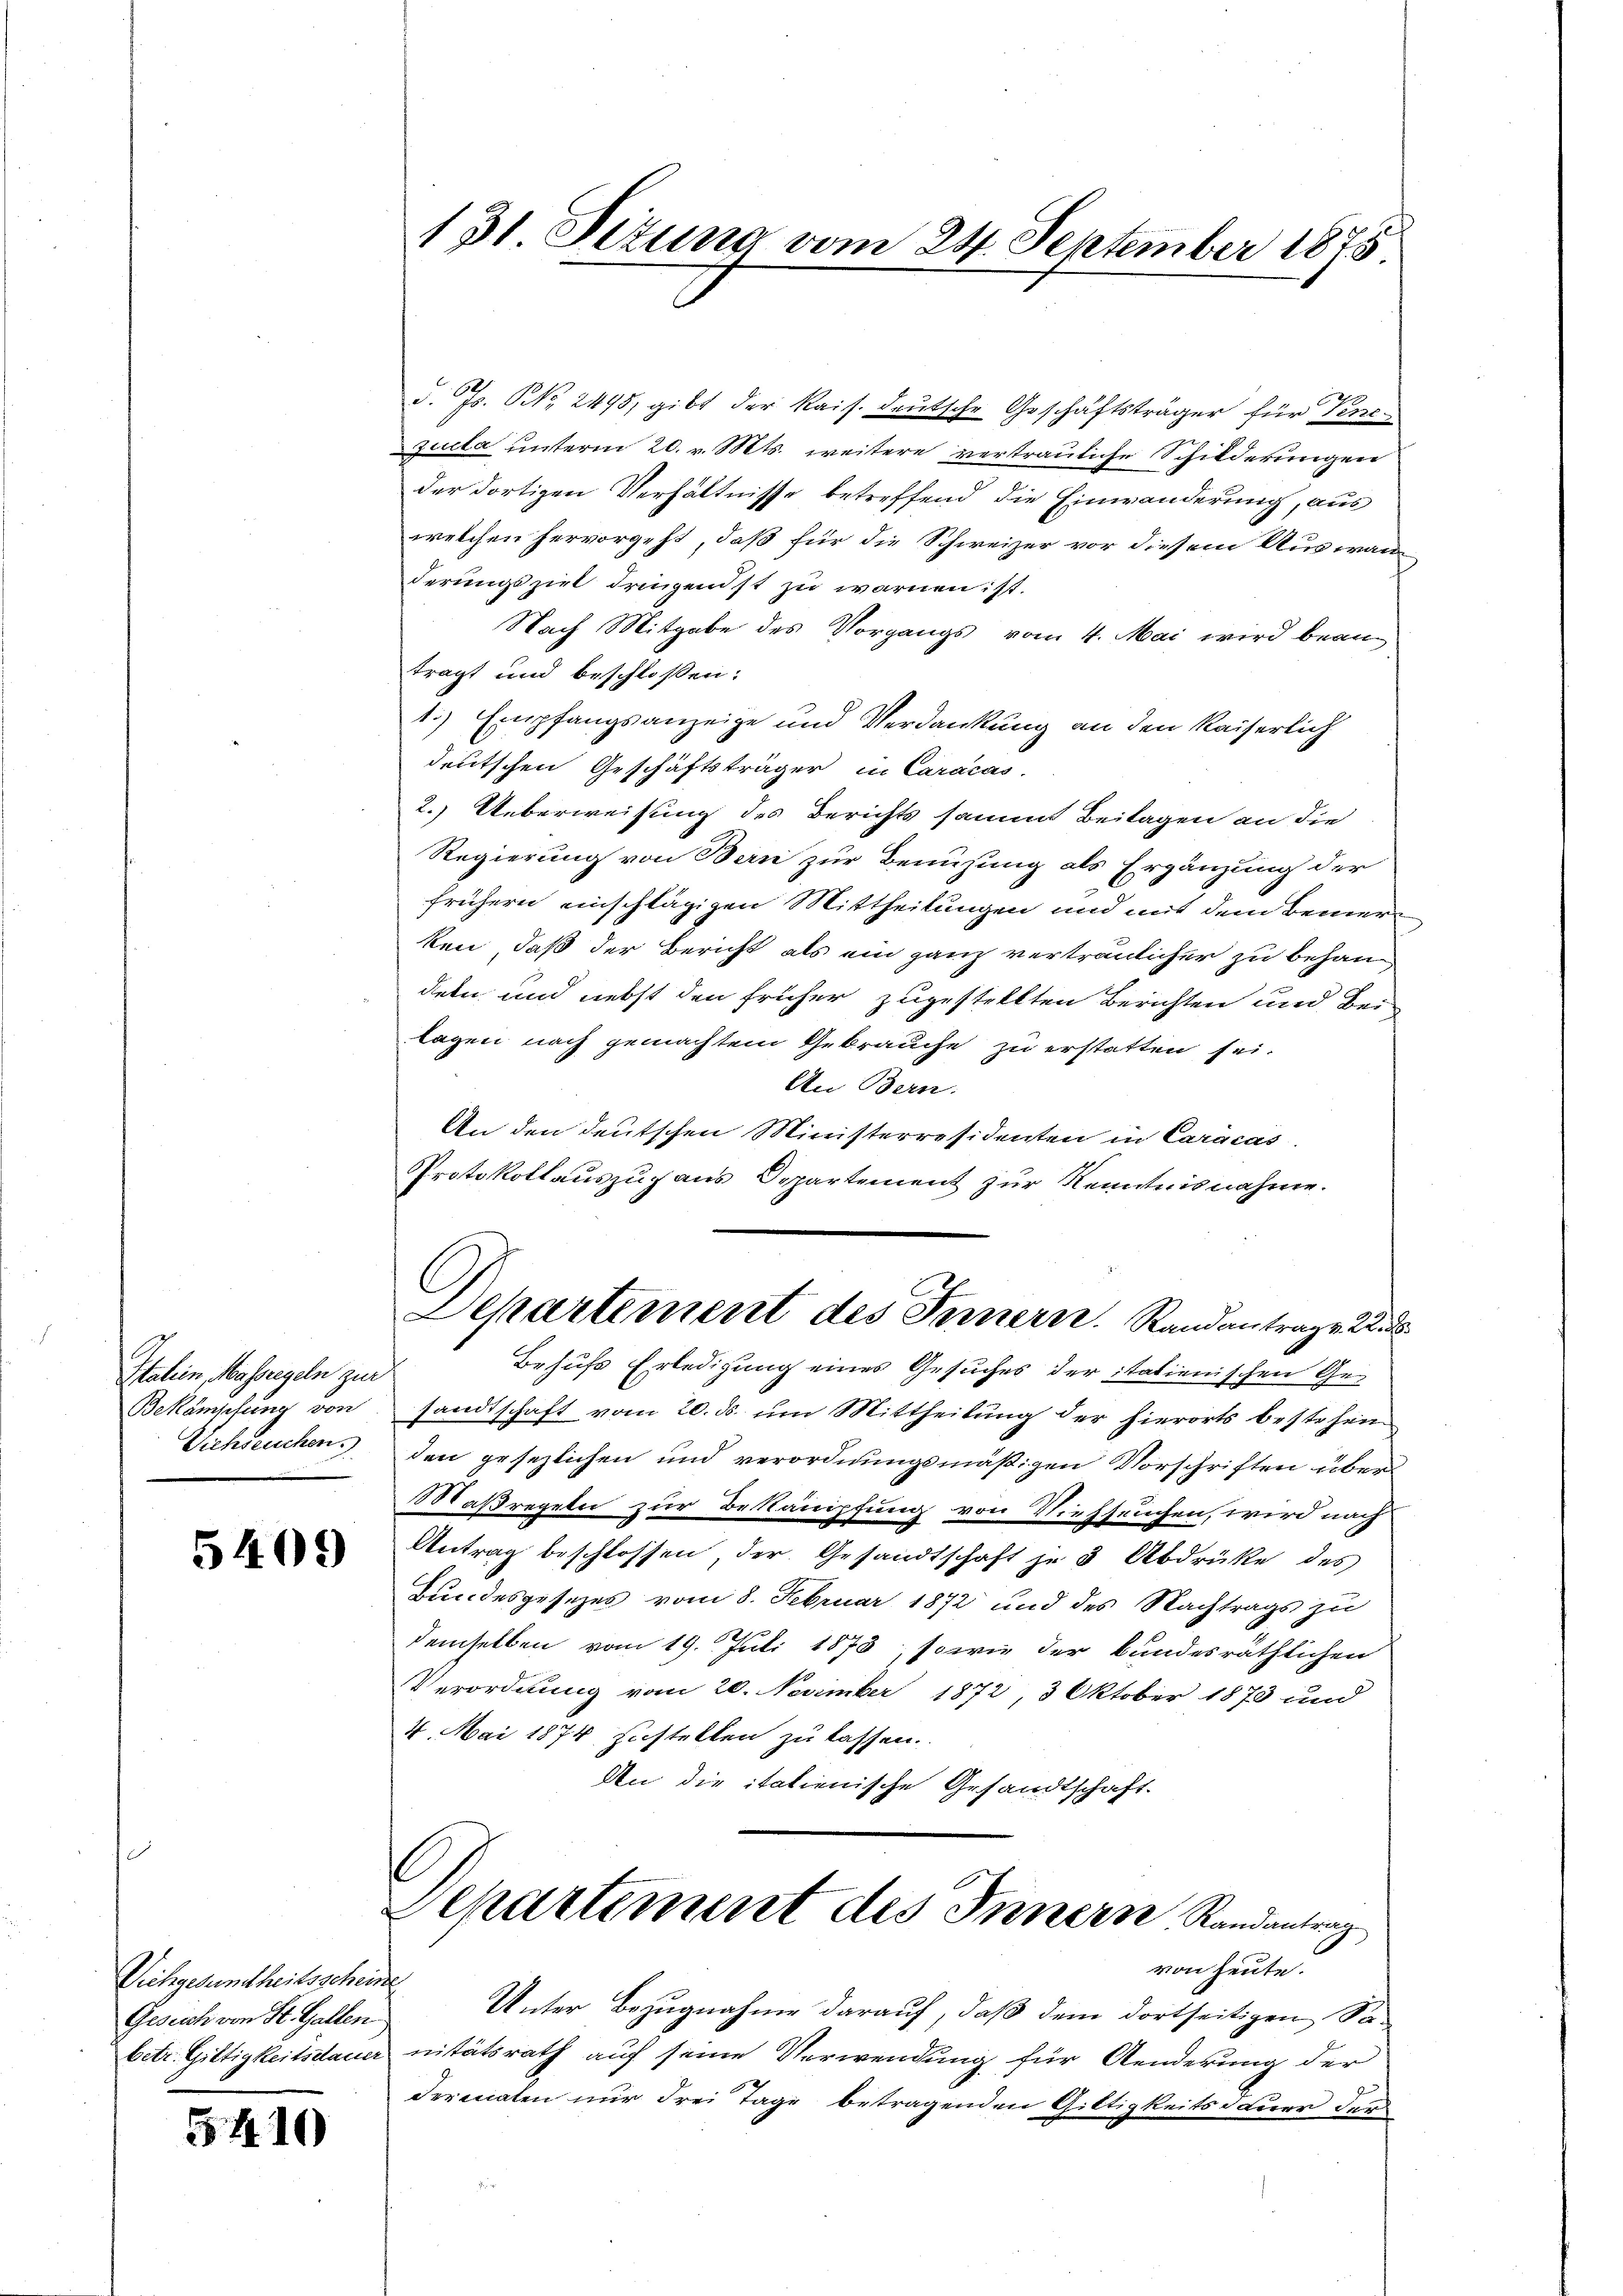
Italien, Massregeln zur
Bekämpfung von
Viehseuchen.

5409)

Vichgesundheitsscheine
Gesuch von St. Gallen

5410

131 Sizung vom 24. September 1875

d. Js. No. 2495, gibt der Kais. Deutsche Geschäftsträger für Venesulla unterm 20. v. Mts. weitere vertrauliche Schilderungen
der dortigen Verhältnisse betreffend die Einwanderung, aus
welchen hervorgeht, daß für die Schweizer vor diesem Auswanderungsziel dringendst zu warnen ist.
Nach Mitgabe des Vorgangs vom 4. Mai wird bean
trägt und beschlossen:
1.) Empfangsanzeige und Verdankung an den Kaiserlich
deutschen Geschäftsträger in Caracas.
2.) Ueberweisung des Berichts sammt Beilagen an die
Regierung von Bern zur Benuzung als Ergänzung der
frühern einschlägigen Mittheilungen und mit dem Bemerken, daß der Bericht als ein ganz vertraulicher zu behandeln und nebst den früher zugestellten Berichten und Bei-
lagen nach gemachtem Gebrauche zu erstatten sei.
An Bern.
An den deutschen Ministerresidenten in Caracas.
Protokollauszuhaus Departement zur Kenntnisnahme.
Departement des Innern. Standantrage Aus
Behufs Erledigung eines Gesuches der italienischen Gesandtschaft vom 20. ds. um Mittheilung der hierorts bestehen
den gesezlichen und verordnungsmäßigen Vorschriften über
Maßregeln zur Bestämpfung von Viehseuchen, wird nach
Antrag beschlossen, der Gesandtschaft je 3 Abdrüke des
Bundesgesezes vom 8. Februar 1872 und des Nachtrags zu
demselben vom 19. Juli 1873, sowie der Bundesräthlichen
Verordnung vom 20. November 1872, 3 Oktober 1873 und
4. Mai 1874 zustellen zu lassen.
An die italienische Gesandtschaft.
Departement des Innern Randantrag
von heute.
Unter Bezugnahme darauf, daß dem dortseitigen Sabetr. Giltigkeitsdauer nitätsrath auf seine Verwendung für Aenderung der
derenaten nur drei Tage betragenden Giltigkeits dauer dann